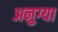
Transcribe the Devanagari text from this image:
अनुग्या